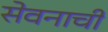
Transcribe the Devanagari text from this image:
सेवनाची